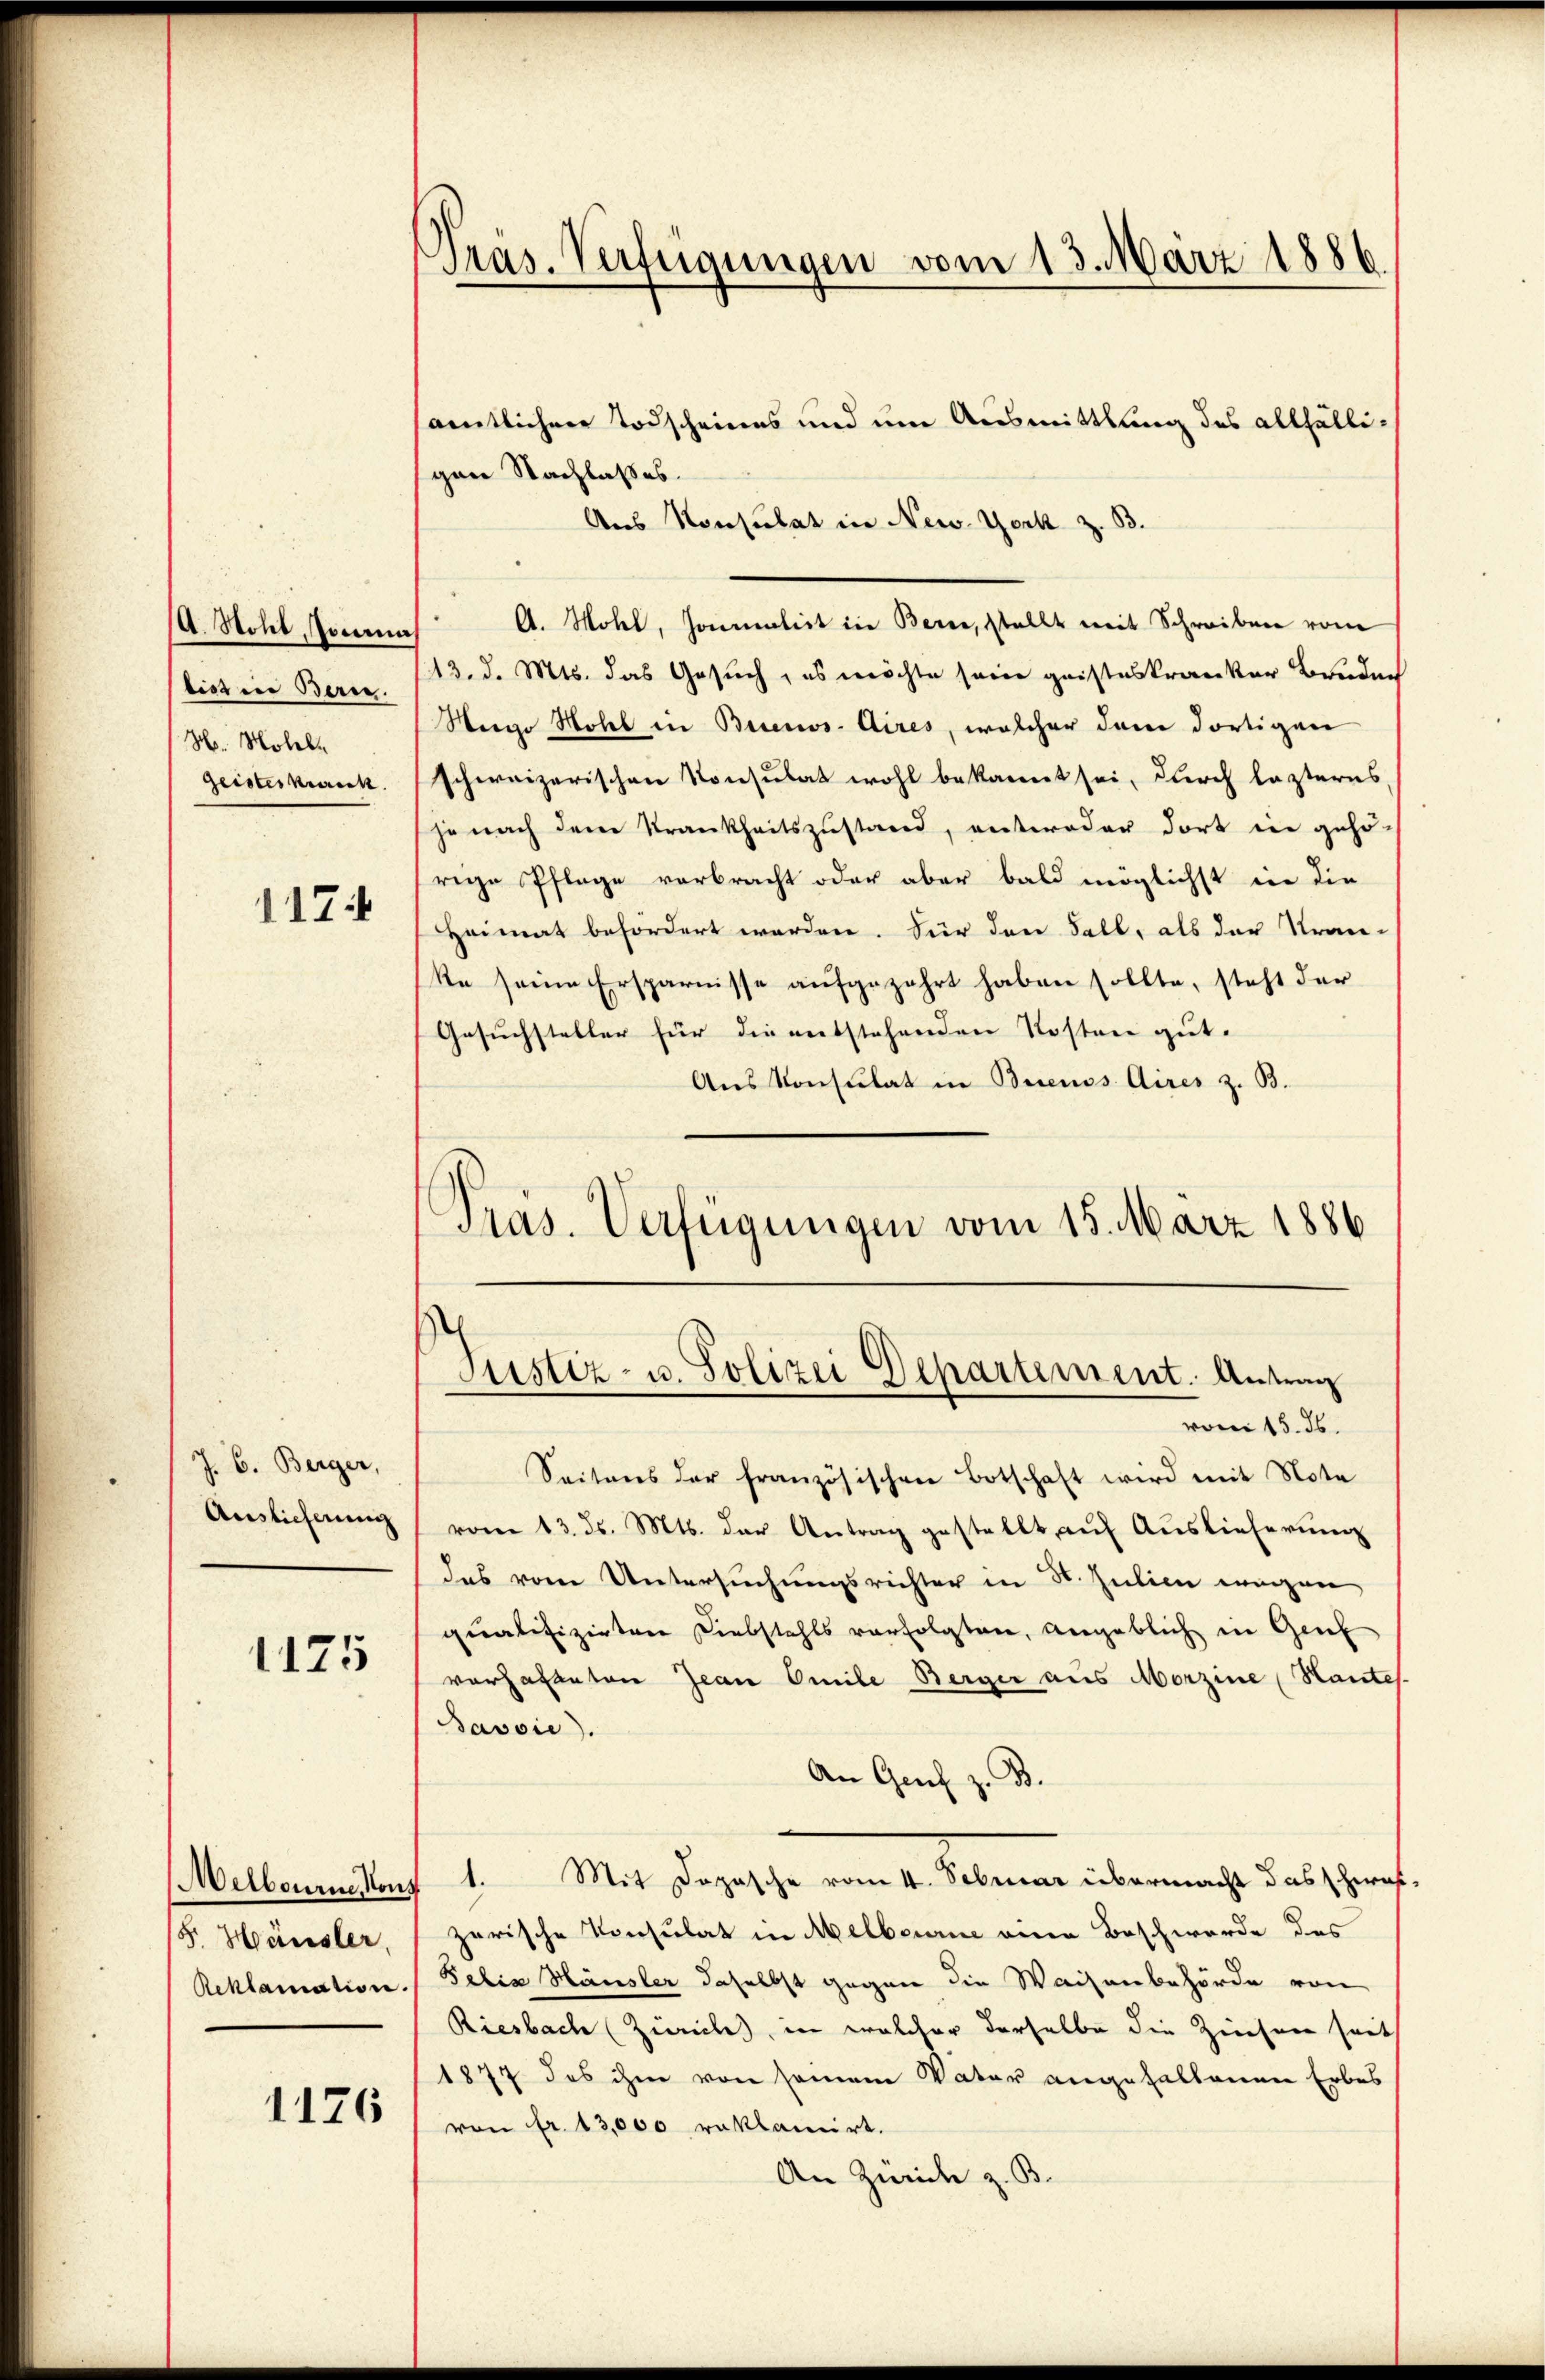
A. Stohl, Jonas
bist in Berne.
H. Mohel
Geisteskranck

1174

J. C. Berger,
Auslieferung

1175

(F. Häusler,
Reklamation.

1176

sämtlichen Todscheines und um Ausmittlung des allfälligen Nachlasses.
Aus Konsulat in New-York z. B.
A. Mohel, Jonmalist in Berne, stellt mit Schreiben vom
13. d. Mts. das Gesuch, es möchte sein geisteskranker Bruden
Weege Hohl in Buenos-Aires, welcher dann dortigen
schweizerischen Konsulat wohl bekannt sei, durch lezteres
je nach dem Krankheitszustand, entweder dort in gehö-
rige Pflage vorbracht oder aber bald möglichst in die
Heimat befördert werden. Für den Fall, als der Kran-
Re seine Ersparnisse aufgezehrt haben sollte, steht der
Gesuchsteller für die entstehenden Kostere gut.
Aus Konsulat in Buenos Aires z. B.
vom 15. ds.
Seitens der französischen Botschaft wird mit Note
vom 13. ds. Mts. der Antrag gestellt, auf Auslieferung
das vom Untersuchungsrichter in St. Julien eingen,
qualifizirten Diebstahls verfolgten, angeblich in Gene
vorhatteten Jean Omile Berger aus Morzine (Hantes.
Jassie).
An Genf z. B.
Melbourne von 1. Mit Dozasche vom 4. Februar übermacht das hera
zerische Konsulat in Melbourne eine Beschwerde des
Bebia Häusler daselbst gegen die Waisenbehörde von
Riesbach (Züriches, in welcher derselbe die Ziechnen heut
1877 des ihm von seinem Vater angehaltenen Erbes
von fr. 13,000 reklamirt.
An Zürich z. B.

Präs. Verfügungen vom 13. März 1886.

Präs. Verfügungen vom 15. März 1886
Justiz- u. Polizei Departement. Antrag